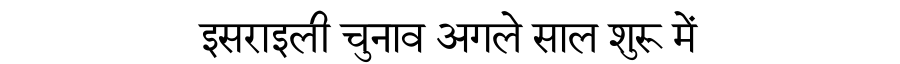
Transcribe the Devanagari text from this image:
इसराइली चुनाव अगले साल शुरू में